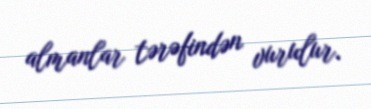
almanlar tərəfindən vurulur.